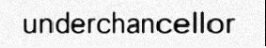
underchancellor